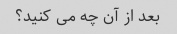
بعد از آن چه می کنید؟